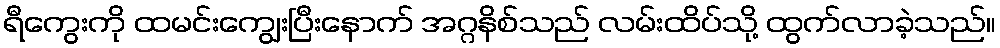
ရီကွေးကို ထမင်းကျွေးပြီးနောက် အဂ္ဂနိစ်သည် လမ်းထိပ်သို့ ထွက်လာခဲ့သည်။